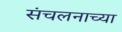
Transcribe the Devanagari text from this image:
संचलनाच्या